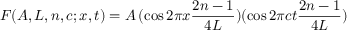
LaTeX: F ( A , L , n , c ; x , t ) = A \, ( \cos 2 \pi x { \frac { 2 n - 1 } { 4 L } } ) ( \cos 2 \pi c t { \frac { 2 n - 1 } { 4 L } } )